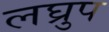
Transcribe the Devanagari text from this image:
लघ्रुप